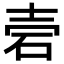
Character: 𥑟